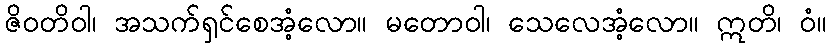
ဇိဝတိဝါ၊ အသက်ရှင်စေအံ့လော။ မတောဝါ၊ သေလေအံ့လော။ ဣတိ၊ ဝံ။